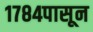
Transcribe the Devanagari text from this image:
१७८४पासून